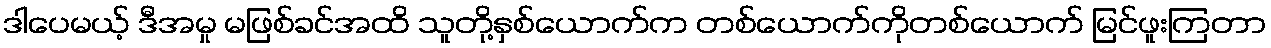
ဒါပေမယ့် ဒီအမှု မဖြစ်ခင်အထိ သူတို့နှစ်ယောက်က တစ်ယောက်ကိုတစ်ယောက် မြင်ဖူးကြတာ